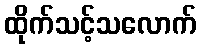
ထိုက်သင့်သလောက်